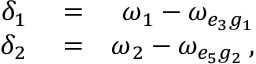
\begin{array} { r l r } { \delta _ { 1 } } & { { } = } & { \omega _ { 1 } - \omega _ { e _ { 3 } g _ { 1 } } } \\ { \delta _ { 2 } } & { { } = } & { \omega _ { 2 } - \omega _ { e _ { 5 } g _ { 2 } } \, , } \end{array}